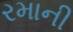
રમાની